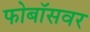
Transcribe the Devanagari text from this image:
फोबॉसवर